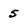
Character: 5